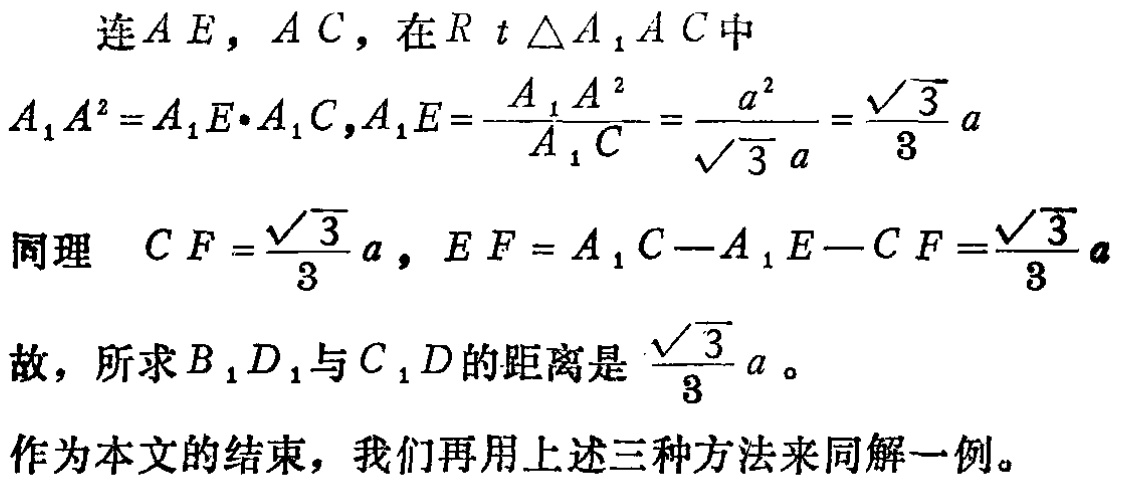
连 \(AE,AC\)，在 \(Rt\triangle A_1AC\) 中
\[
A_1A^2 = A_1E\cdot A_1C, A_1E=\frac{A_1A^2}{A_1C}=\frac{a^2}{\sqrt{3}a}=\frac{\sqrt{3}}{3}a
\]
同理 \(CF = \frac{\sqrt{3}}{3}a, EF = A_1C - A_1E - CF=\frac{\sqrt{3}}{3}a\)
故，所求 \(B_1D_1\) 与 \(C_1D\) 的距离是 \(\frac{\sqrt{3}}{3}a\)。
作为本文的结束，我们再用上述三种方法来同解一例。